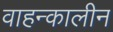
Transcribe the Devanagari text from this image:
वाहन्कालीन